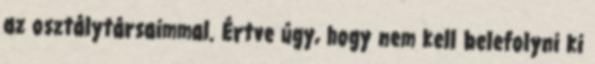
az osztálytársaimmal. Értve úgy, hogy nem kell belefolyni ki